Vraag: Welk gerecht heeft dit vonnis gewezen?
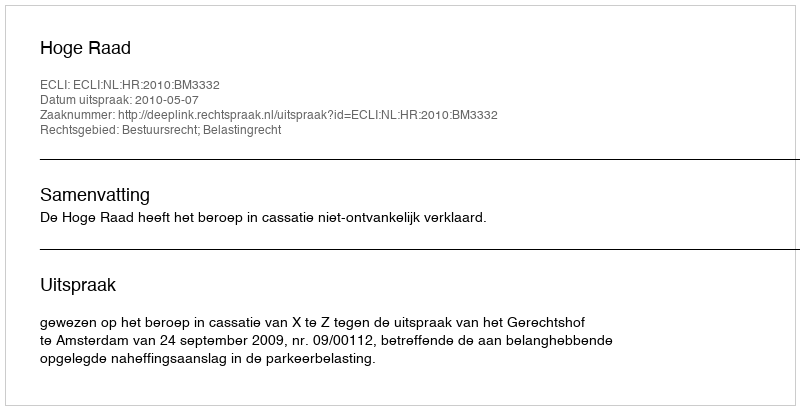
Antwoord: Hoge Raad